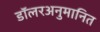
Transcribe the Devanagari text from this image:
डॉलरअनुमानित